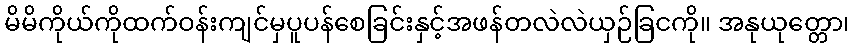
မိမိကိုယ်ကိုထက်ဝန်းကျင်မှပူပန်စေခြင်းနှင့်အဖန်တလဲလဲယှဉ်ခြငကို။ အနုယုတ္တော၊